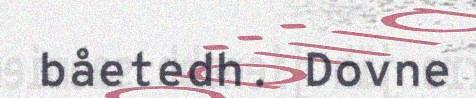
båetedh. Dovne